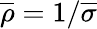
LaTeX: {\overline{{\rho}}}=1/{\overline{{\sigma}}}